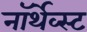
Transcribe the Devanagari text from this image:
नॉर्थेव्स्ट